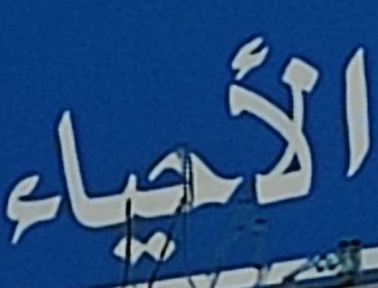
الأحياء